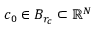
c _ { 0 } \in B _ { r _ { c } } \subset \mathbb { R } ^ { N }